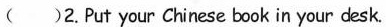
()2.Put your Chinese book in your desk.